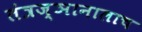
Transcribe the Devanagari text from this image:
तंत्रज्ञानालाच